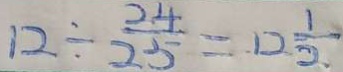
1 2 \div \frac { 2 4 } { 2 5 } = 1 2 \frac { 1 } { 2 }